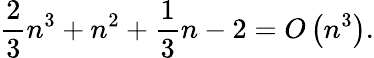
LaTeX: {\frac{2}{3}}n^{3}+n^{2}+{\frac{1}{3}}n-2=O\left(n^{3}\right).